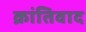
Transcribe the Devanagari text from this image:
क्रांतिवाद